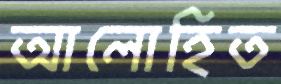
আলোহিত